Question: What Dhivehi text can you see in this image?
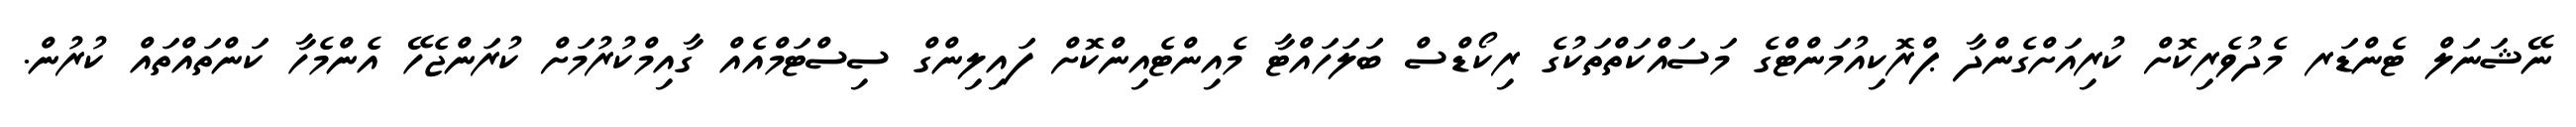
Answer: ނޭޝަނަލް ޓެންޑަރ މެދުވެރިކޮށް ކުރިއަށްގެންދާ ޕްރޮކިއުމަންޓްގެ މަސައްކަތްތަކުގެ ރިކޯޑްސް ބަލަހައްޓާ މެއިންޓެއިންކޮށް ފައިލިންގް ސިސްޓަމްއެއް ގާއިމްކުރުމަށް ކުރަންޖެހޭ އެންމެހާ ކަންތައްތައް ކުރުން.